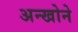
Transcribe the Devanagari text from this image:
अन्खोने